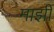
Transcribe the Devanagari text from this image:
माझीं